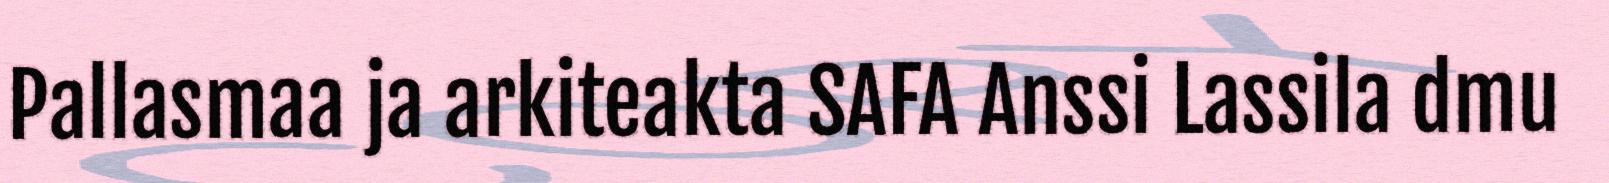
Pallasmaa ja arkiteakta SAFA Anssi Lassila dmu